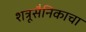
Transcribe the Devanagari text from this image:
शत्रूसैनिकाचा